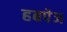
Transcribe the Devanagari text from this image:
हबपेज